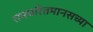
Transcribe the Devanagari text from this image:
रामचरितमानसच्या